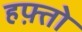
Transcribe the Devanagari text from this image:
हफ़्तो